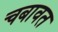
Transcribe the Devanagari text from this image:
चबावत